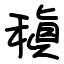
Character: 稹